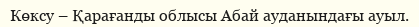
Көксу – Қарағанды облысы Абай ауданындағы ауыл.